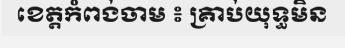
ខេត្តកំពង់ចាម ៖ គ្រាប់យុទ្ធមិន